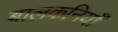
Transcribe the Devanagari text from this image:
बालकनियाँ